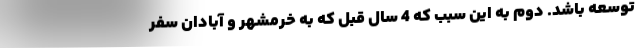
توسعه باشد. دوم به این سبب که 4 سال قبل که به خرمشهر و آبادان سفر